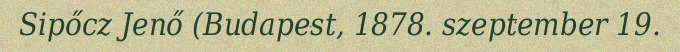
Sipőcz Jenő (Budapest, 1878. szeptember 19.